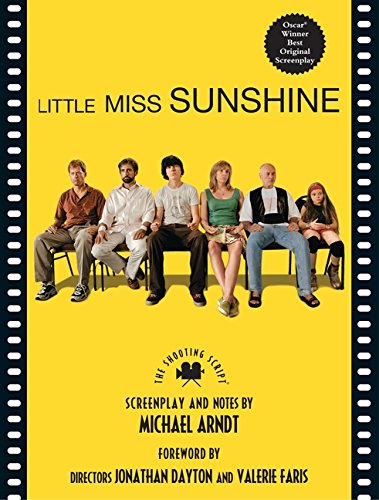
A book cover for Little Miss Sunshine: The Shooting Script; Michael Arndt; Humor & Entertainment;